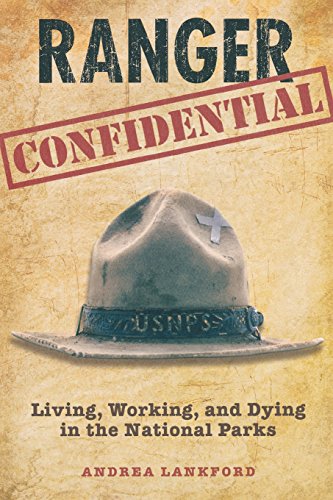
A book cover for Ranger Confidential: Living, Working, And Dying In The National Parks; Andrea Lankford; Science & Math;